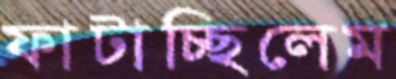
ফাটাচ্ছিলেম